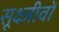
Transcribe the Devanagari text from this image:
सूक्ष्जीवों